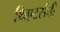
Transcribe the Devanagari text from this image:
थिएटर्सची